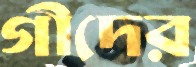
গীদের